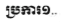
ប្រការ១..